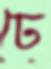
ঢে